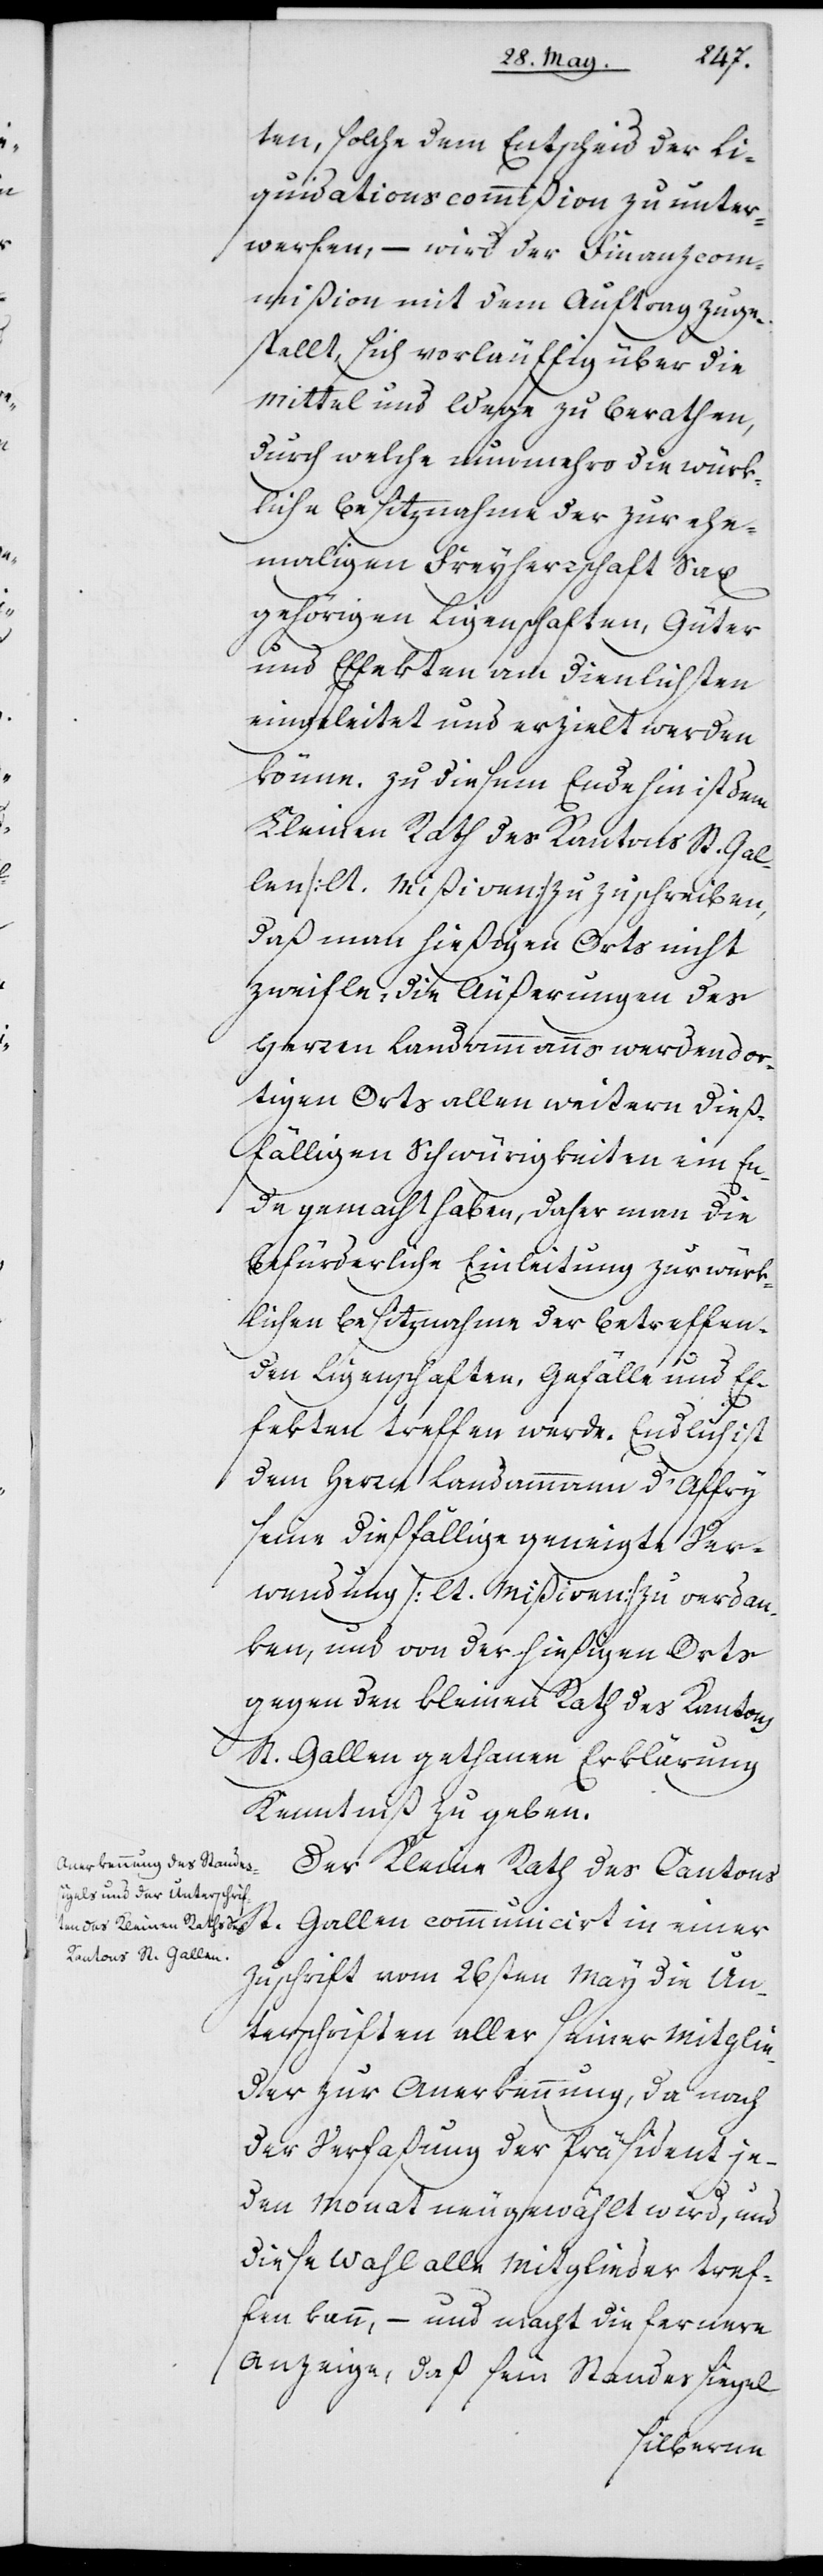
ten, solche dem Entscheid der Li¬
quidationskommißion zu unter¬
werfen, – wird der Finanzcom¬
mißion mit dem Auftrag zuge¬
stellt, sich vorläuffig über die
Mittel und Wege zu beraten,
durch welche nunmehro die würk¬
liche Besitznahme der zur ehe¬
maligen Freyherrschaft Sax
gehörigen Ligenschaften, Güter
und Effekten am dienlichsten
eingeleitet und erzielt werden
könne. Zu diesem Ende hin ist dem
Kleinen Rath des Kantons St. Gal¬
len (lt. Mißiven) zuzuschreiben,
daß man hießigen Orts nicht
zweifle, die Äußerungen des
Herren Landammanns werden dor¬
tigen Orts allen weitern dieß¬
fälligen Schwürigkeiten ein En¬
de gemacht haben, daher man die
befürderliche Einleitung zur würk¬
lichen Besitznahme der betreffen¬
den Ligenschaften, Gefälle und Ef¬
fekten treffen werde. Endlich ist
dem Herren Landammann d’Affry
seine dießfällige geneigte Ver¬
wendung (lt. Mißiven) zu verdan¬
ken, und von der hießigen Orts
gegen den kleinen Rath des Kantons
St. Gallen gethanen Erklärung
Kenntniß zu geben.
Der Kleine Rath des Kantons
St. Gallen communicirt in einer
Zuschrift vom 26sten May die Un¬
terschriften aller seiner Mitglie¬
der zur Anerkennung, da nach
der Verfaßung der Präsident je¬
den Monat neu gewählt wird, und
diese Wahl alle Mitglieder tref¬
fen kann, – und macht die fernere
Anzeige, daß sein Standessiegel